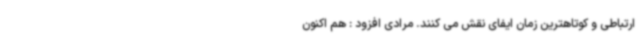
ارتباطی و کوتاهترین زمان ایفای نقش می کنند. مرادی افزود : هم اکنون